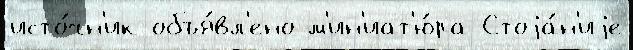
исто́чн'ик объя́вл'ено м'ин'иат'ю́ра Стоjа́н'иjе